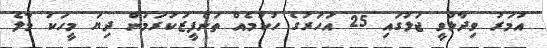
އުމަރު ވިދާޅުވީ ޖަލުގައި 25 އަހަރުގެ ހުކުމެއް ތަންފީޒުކުރަމުން ދިޔަ މީހަކު މާލެ